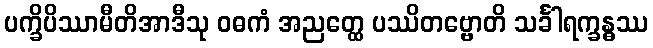
ပက္ခိပိဿာမီတိအာဒီသု ဝဓကံ အညတ္ထေ ပဿိတဗ္ဗောတိ သင်္ခါရက္ခန္ဓဿ